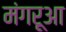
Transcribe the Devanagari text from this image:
मंगरूआ